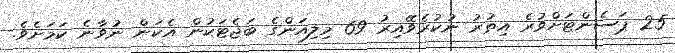
25 ޕަސެންޓަށްވުރެ އިތުރު ނުކުރެވޭއިރު 69 މިލިއަންގެ ބަޖެޓަކުން އެކަން ނުވާނެ ކަމަށެވެ.